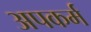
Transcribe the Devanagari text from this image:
अपकर्म